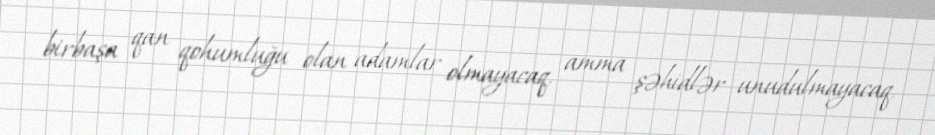
birbaşa qan qohumluğu olan adamlar olmayacaq, amma şəhidlər unudulmayacaq,